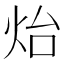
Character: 炲